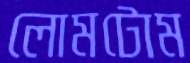
লোমটোম